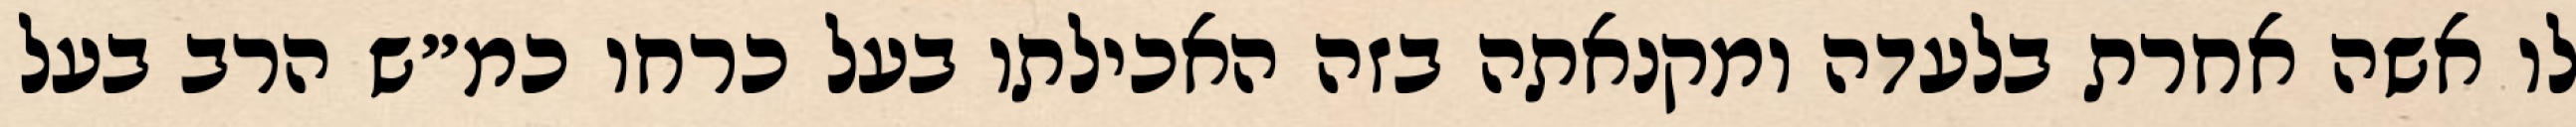
לו אשה אחרת בלעדה ומקנאתה בזה האכילתו בעל כרחו כמ״ש הרב בעל